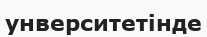
унверситетінде